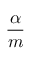
\frac { \alpha } { m }